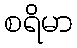
စရိမာ